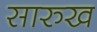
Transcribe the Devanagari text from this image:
सारुख